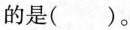
的是()。